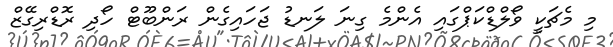
މި މެޗަކީ ވޯލްޑްކަޕްގައި އެންމެ ގިނަ ލަނޑު ޖަހައިގެން ރަންބޫޓް ހޯދި ރޮޑްރިގޭޒް